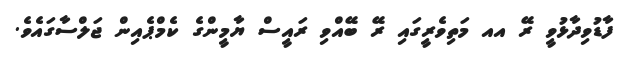
ފާޑުވިދާޅުވީ ރޭ އއ މަތިވެރީގައި ރޭ ބޭއްވި ރައީސް ޔާމީންގެ ކެމްޕެއިން ޖަލްސާގައެވެ.